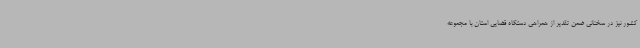
کشور نیز در سخنانی ضمن تقدیر از همراهی دستگاه قضایی استان با مجموعه